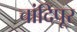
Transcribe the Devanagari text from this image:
चांदिपूर